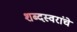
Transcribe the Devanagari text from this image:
शब्दस्वरांचे